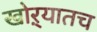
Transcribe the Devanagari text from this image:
खोऱ्यातच